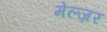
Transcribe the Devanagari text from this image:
मेल्ज़र